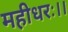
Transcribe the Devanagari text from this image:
महीधरः।।